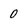
Character: 0